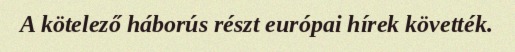
A kötelező háborús részt európai hírek követték.